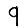
Digit: 9